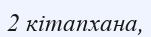
2 кітапхана,